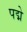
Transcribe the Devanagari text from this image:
पद्मे